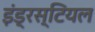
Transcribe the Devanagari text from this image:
इंड्रस्टियल